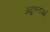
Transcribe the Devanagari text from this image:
अब्दुल्लाखाँ